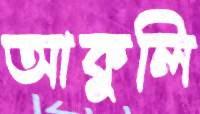
আকুলি